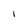
Character: I